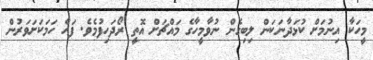
މީހަކާ އިނުމަށް ކުޅަދާނަކަން ލިބިގެން ނުވާމީހާގެ މައްޗަށް އޮތީ ރޯދަހިފުމެވެ. ފަހެ ހަމަކަށަވަރުން